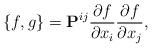
LaTeX: \begin{align*}\lbrace f,g \rbrace ={\bf P}^{ij} \frac{\partial f}{\partial x_i}\frac{\partial f}{\partial x_j},\end{align*}